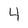
Character: 4